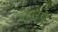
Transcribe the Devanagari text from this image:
डोनरचे